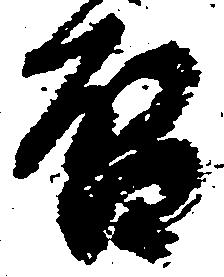
啓